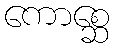
ကောစ္ဆေ